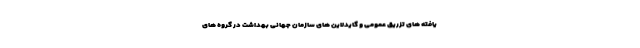
یافته های تزریق عمومی و گایدلاین های سازمان جهانی بهداشت در گروه های